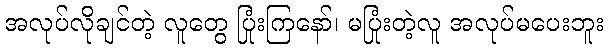
အလုပ်လိုချင်တဲ့ လူတွေ ပြုံးကြနော်၊ မပြုံးတဲ့လူ အလုပ်မပေးဘူး